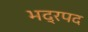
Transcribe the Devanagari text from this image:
भद्रपद